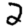
Digit: 2